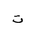
Letter: _ta